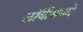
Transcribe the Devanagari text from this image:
लॉबीमध्ये